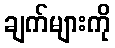
ချက်များကို